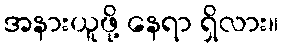
အနားယူဖို့ နေရာ ရှိလား။